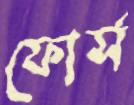
ফোর্স